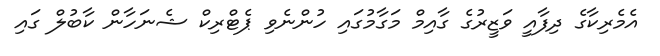
އެމެރިކާގެ ދިފާއީ ވަޒީރުގެ ގާއިމް މަގާމުގައި ހުންނެވި ޕެޓްރިކް ޝެނަހާން ކާބުލް ގައި